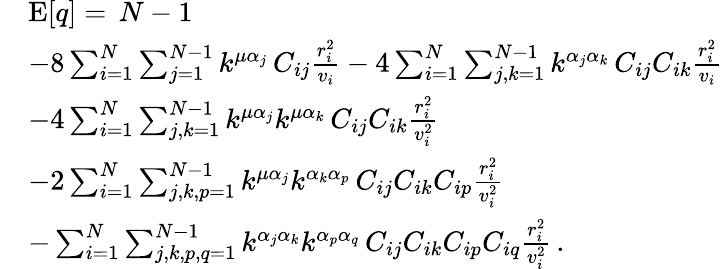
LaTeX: \begin{array}{rl}&{\mathrm{E}[q]=\, N-1}\\ &{-8\sum_{i=1}^{N}\sum_{j=1}^{N-1}k^{\mu\alpha_{j}}\, C_{ij}\frac{r_{i}^{2}}{v_{i}}-4\sum_{i=1}^{N}\sum_{j,k=1}^{N-1}k^{\alpha_{j}\alpha_{k}}\, C_{ij}C_{ik}\frac{r_{i}^{2}}{v_{i}}}\\ &{-4\sum_{i=1}^{N}\sum_{j,k=1}^{N-1}k^{\mu\alpha_{j}}k^{\mu\alpha_{k}}\, C_{ij}C_{ik}\frac{r_{i}^{2}}{v_{i}^{2}}}\\ &{-2\sum_{i=1}^{N}\sum_{j,k,p=1}^{N-1}k^{\mu\alpha_{j}}k^{\alpha_{k}\alpha_{p}}\, C_{ij}C_{ik}C_{ip}\frac{r_{i}^{2}}{v_{i}^{2}}}\\ &{-\sum_{i=1}^{N}\sum_{j,k,p,q=1}^{N-1}k^{\alpha_{j}\alpha_{k}}k^{\alpha_{p}\alpha_{q}}\, C_{ij}C_{ik}C_{ip}C_{iq}\frac{r_{i}^{2}}{v_{i}^{2}}\, .}\end{array}